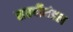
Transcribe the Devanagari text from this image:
सप्तर्षीमंडल